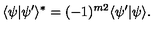
\langle \psi | \psi ^ { \prime } \rangle ^ { \ast } = ( - 1 ) ^ { { \binom { m } { 2 } } } \langle \psi ^ { \prime } | \psi \rangle .